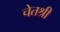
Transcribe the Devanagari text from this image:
चेतश्री